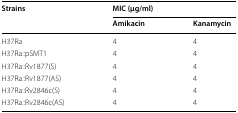
| <ROWSPAN=2> Strains | <COLSPAN=2> MIC (μg/ml) |
 | Amikacin | Kanamycin |
 | --- | --- | --- |
 | H37Ra | 4 | 4 |
 | H37Ra::pSMT1 | 4 | 4 |
 | H37Ra::Rv1877(S) | 4 | 4 |
 | H37Ra::Rv1877(AS) | 4 | 4 |
 | H37Ra::Rv2846c(S) | 4 | 4 |
 | H37Ra::Rv2846c(AS) | 4 | 4 |